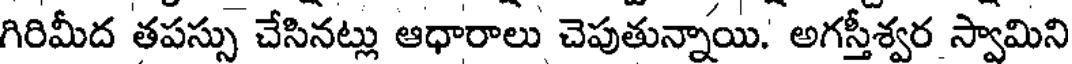
గిరిమీద తపస్సు చేసినట్లు ఆధారాలు చెపుతున్నాయి. అగస్తీశ్వర స్వామిని